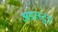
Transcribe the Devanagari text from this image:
अंडरस्टुड